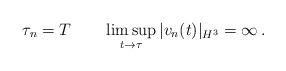
LaTeX: \begin{align*}\tau _n=T\quad\quad\limsup_{t\to\tau}|v_n(t)|_{H^3}=\infty\,.\end{align*}